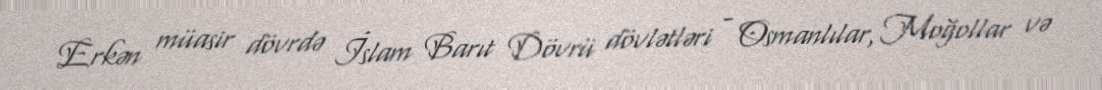
Erkən müasir dövrdə İslam Barıt Dövrü dövlətləri - Osmanlılar, Moğollar və